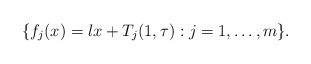
LaTeX: \begin{align*}\{f_j(x)=\l x+T_j(1,\tau):j=1,\ldots,m\}.\end{align*}